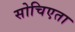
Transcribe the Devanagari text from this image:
सोचिएता